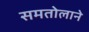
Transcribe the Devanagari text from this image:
समतोलाने